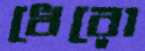
ধেরো